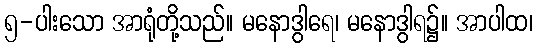
၅-ပါးသော အာရုံတို့သည်။ မနောဒွါရေ၊ မနောဒွါရ၌။ အာပါထ၊